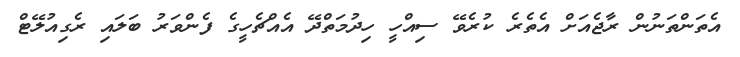
އެތަންތަނުން ރާޖެއަށް އެތެރެ ކުރެވޭ ސިއްހީ ހިދުމަތްދޭ އެއްޗެހީގެ ފެންވަރު ބަލައި ރެގިއުލޭޓް